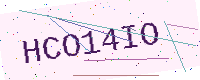
Text: HCO14IO